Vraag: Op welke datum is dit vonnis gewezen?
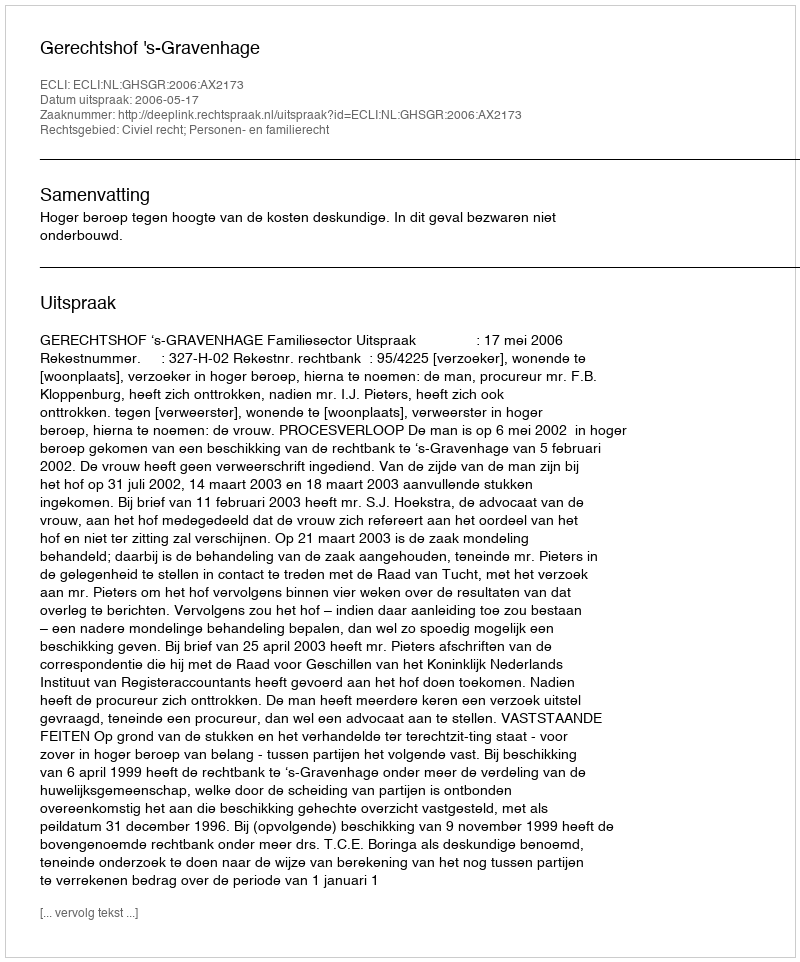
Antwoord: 2006-05-17